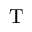
{ \mathrm { ~ T ~ } }